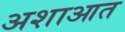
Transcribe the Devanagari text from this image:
अशाआत